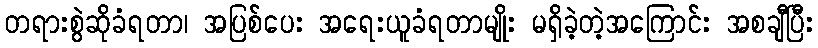
တရားစွဲဆိုခံရတာ၊ အပြစ်ပေး အရေးယူခံရတာမျိုး မရှိခဲ့တဲ့အကြောင်း အစချီပြီး